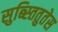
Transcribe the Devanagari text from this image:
सुब्स्तितुतेस